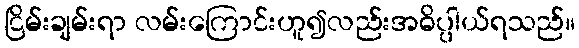
ငြိမ်းချမ်းရာ လမ်းကြောင်းဟူ၍လည်းအဓိပ္ပါယ်ရသည်။